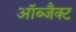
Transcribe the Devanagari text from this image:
ऑब्जैक्ट